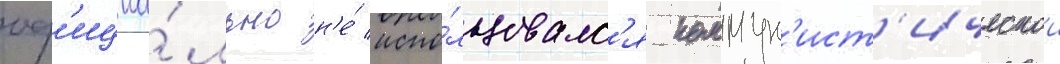
оф'ициа́льно н'е́ испо́льзовалс'я коммун'ист'ическои